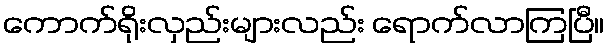
ကောက်ရိုးလှည်းများလည်း ရောက်လာကြပြီ။